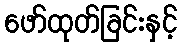
ဖော်ထုတ်ခြင်းနှင့်